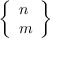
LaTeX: \left\{ { \begin{array} { l } { n } \\ { m } \end{array} } \right\}